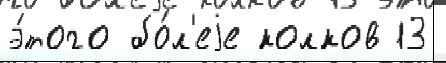
э́того бо́л'еjе колков 13